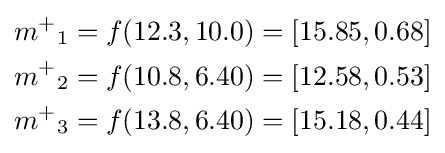
{\begin{aligned}{m^{+}}_{1}&=f(12.3,10.0)=[15.85,0.68]\\{m^{+}}_{2}&=f(10.8,6.40)=[12.58,0.53]\\{m^{+}}_{3}&=f(13.8,6.40)=[15.18,0.44]\end{aligned}}